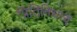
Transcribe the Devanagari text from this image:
प्रितिनिधत्व